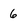
Character: 6